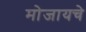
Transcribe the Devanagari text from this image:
मोजायचे